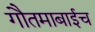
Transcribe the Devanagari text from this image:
गौतमाबाईच